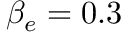
\beta _ { e } = 0 . 3